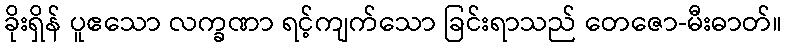
ခိုးရှိန် ပူဧသော လက္ခဏာ ရင့်ကျက်သော ခြင်းရာသည် တေဇော-မီးဓာတ်။